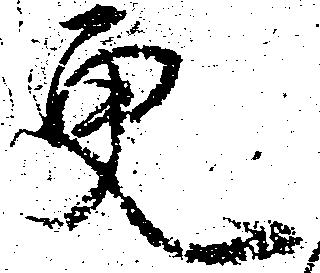
更